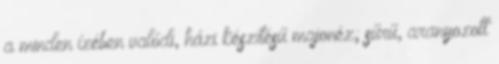
a minden ízében valódi, házi készítésű majonéz; sűrű, aranyozott